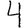
Digit: 4